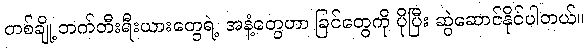
တစ်ချို့ ဘက်တီးရီးယားတွေရဲ့ အနံ့တွေဟာ ခြင်တွေကို ပိုပြီး ဆွဲဆောင်နိုင်ပါတယ်။